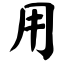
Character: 用